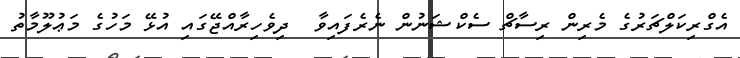
އެގްރިކަލްޗަރުގެ މެރިން ރިސާޗް ސެކްޝަނުން ނެރެފައިވާ  ދިވެހިރާއްޖޭގައި އުޅޭ މަހުގެ މަޢުލޫމާތު